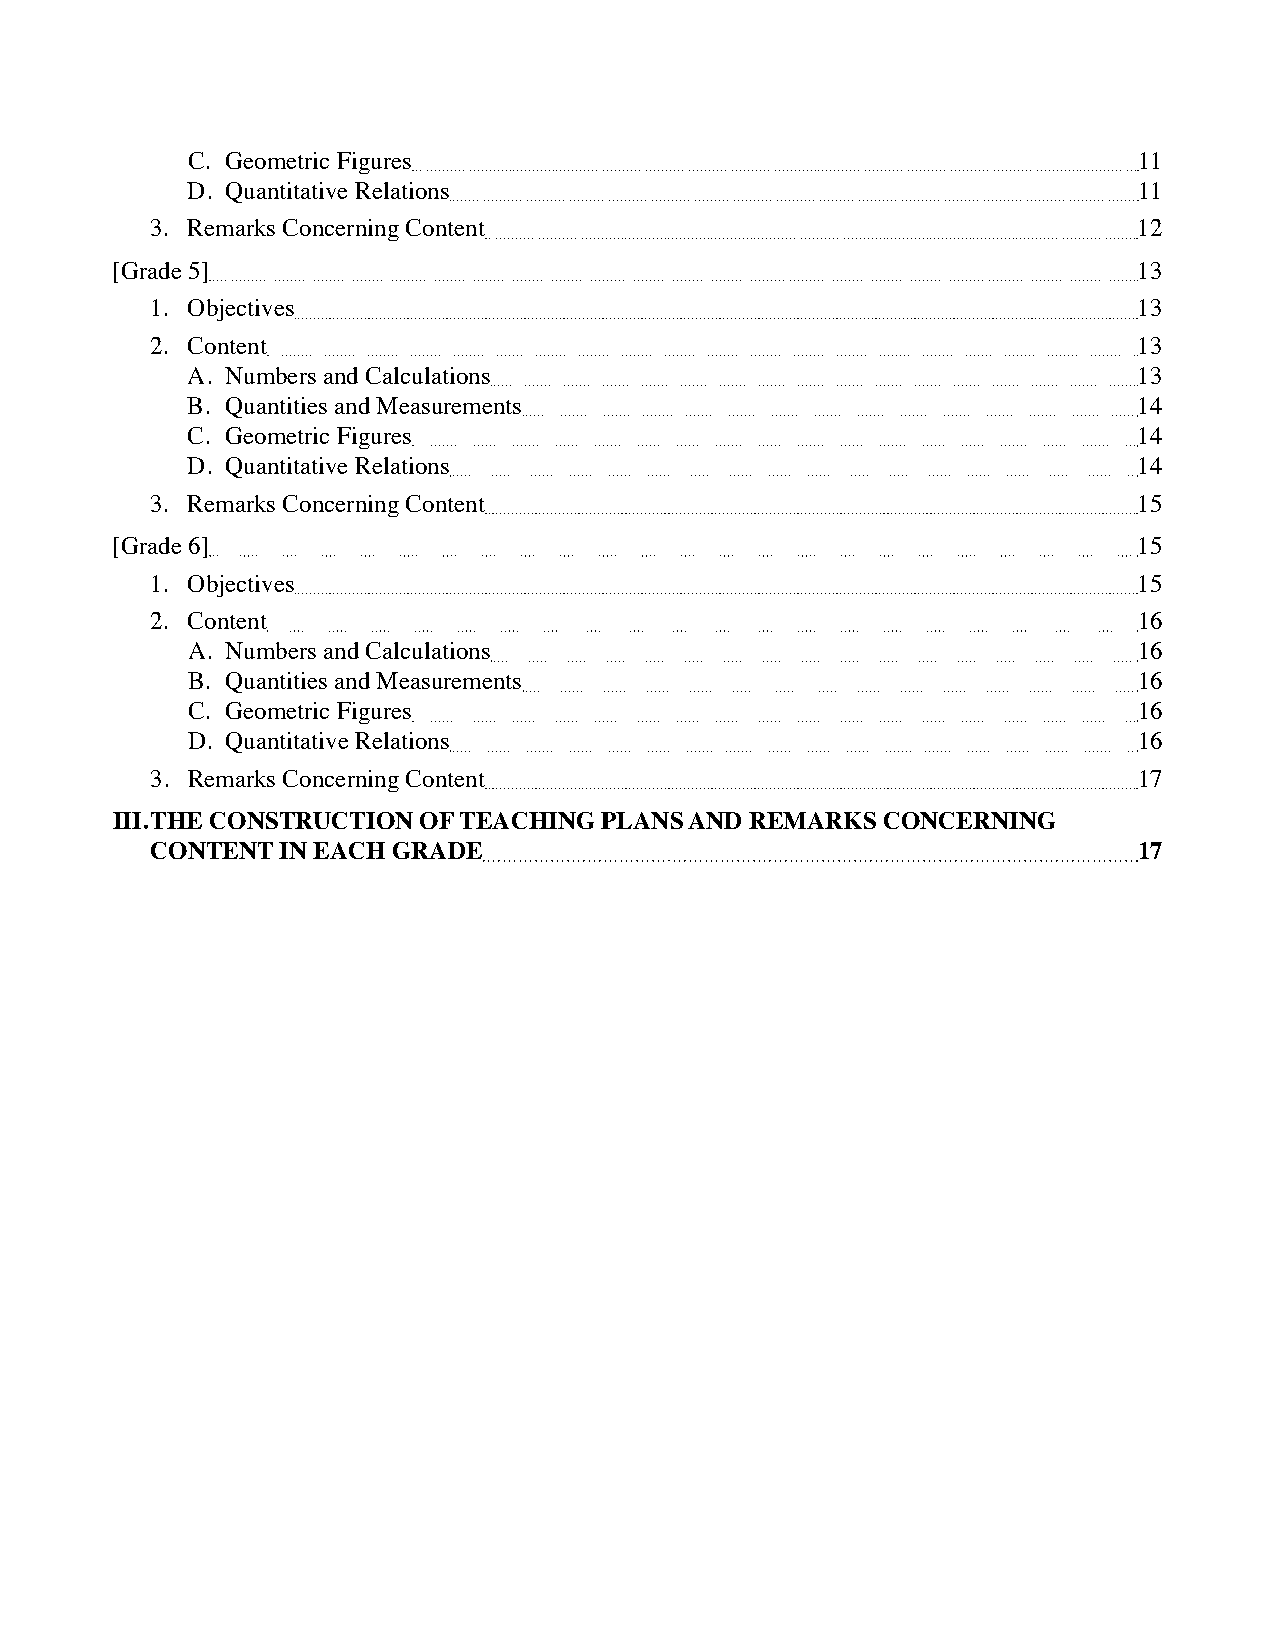
C. Geometric Figures                                           11
 D. Quantitative Relations                                      11
 3. Remarks Concerning Content                                    12
 [Grade 5]                                                           13
 1. Objectives                                                    13
 2. Content                                                       13
 A. Numbers and Calculations                                    13
 B. Quantities and Measurements                                 14
 C. Geometric Figures                                           14
 D. Quantitative Relations                                      14
 3. Remarks Concerning Content                                    15
 [Grade 6]                                                           15
 1. Objectives                                                    15
 2. Content                                                       16
 A. Numbers and Calculations                                    16
 B. Quantities and Measurements                                 16
 C. Geometric Figures                                           16
 D. Quantitative Relations                                      16
 3. Remarks Concerning Content                                    17
 iii. ThE ConSTruCTion of TEaChinG planS and rEMarKS ConCErninG
 ConTEnT  in EaCh GradE                                           17